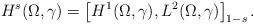
LaTeX: \begin{align*}H^{s}(\Omega,\gamma)=\left[ H^{1}(\Omega,\gamma),L^{2}(\Omega,\gamma)\right] _{1-s}.\end{align*}